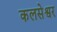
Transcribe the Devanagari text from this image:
कलसेश्वर